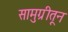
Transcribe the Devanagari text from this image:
सामुग्रीतून